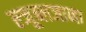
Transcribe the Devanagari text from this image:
ल्जूब्लजाना